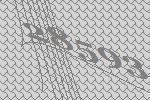
28593